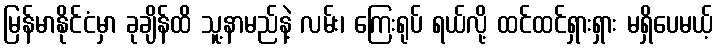
မြန်မာနိုင်ငံမှာ ခုချိန်ထိ သူ့နာမည်နဲ့ လမ်း၊ ကြေးရုပ် ရယ်လို့ ထင်ထင်ရှားရှား မရှိပေမယ့်